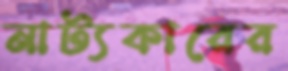
নাট্যকারের